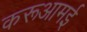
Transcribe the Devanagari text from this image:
करूआमई